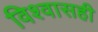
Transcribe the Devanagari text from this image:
विश्वासही